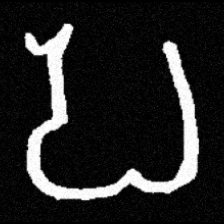
Pyu character \u2014 Myanmar letter: ပ (romanized: pa)